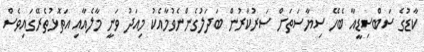
ކާޑުގެ ސަބްސިޑީއާ ބެހޭ ސިޔާސަތަށް ސަރުކާރުން ބަދަލުގެންނެވުމާއެކު މިއަދު ވަނީ މާލެއާއި އަތޮޅުތެރޭގައިވެސް